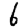
Digit: 6